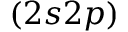
( 2 s 2 p )